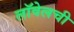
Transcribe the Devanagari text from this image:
लॉवेलची